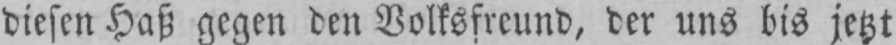
diesen Haß gegen den Volksfreund, der uns bis jetzt